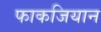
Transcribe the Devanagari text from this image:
फाकजियान